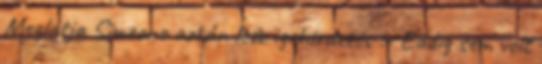
Meglátja Simeone aztán lesz igehirdetés :- Eddig sem volt